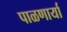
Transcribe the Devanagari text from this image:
पाळणार्या